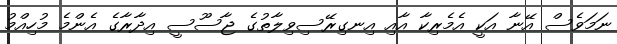
ނަމަވެސް އޭނާ އަކީ އެމެރިކާ އާއި އިނގިރޭސިވިލާތުގެ ޖާސޫސީ އިދާރާގެ އެންމެ މުހިއްމު